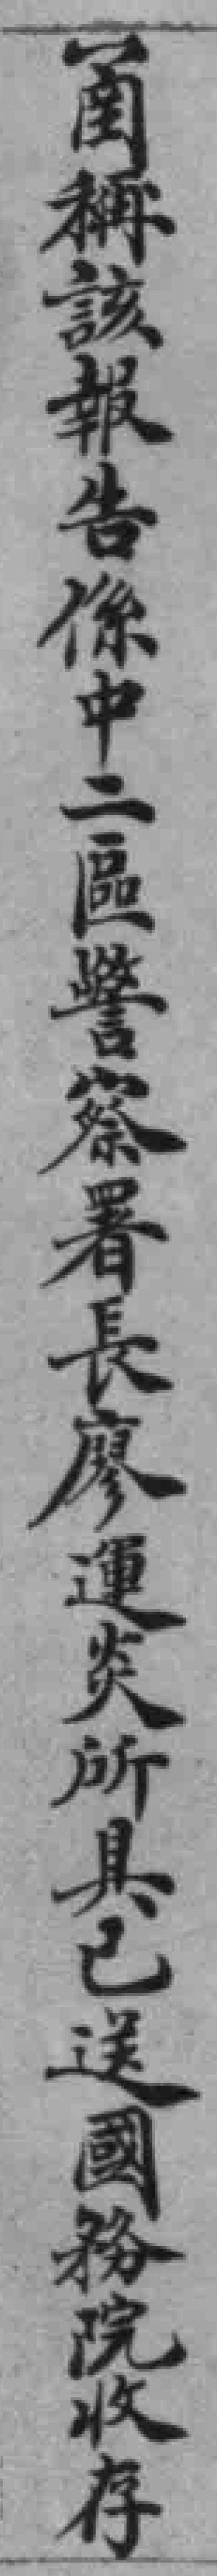
圅稱該報告係中二區警察署長廖運炎所具已送國務院收存